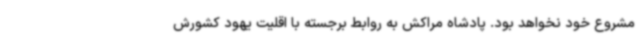
مشروع خود نخواهد بود. پادشاه مراکش به روابط برجسته با اقلیت یهود کشورش